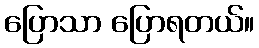
ပြောသာ ပြောရတယ်။